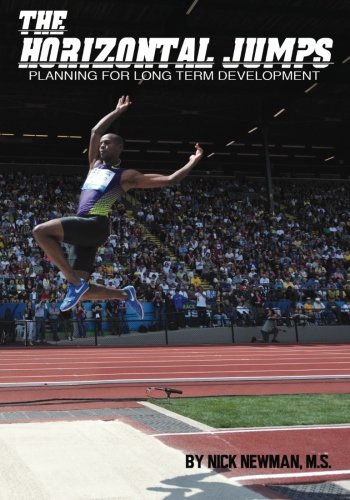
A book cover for The Horizontal Jumps: Planning for Long Term Development; Nick Newman MS; Sports & Outdoors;